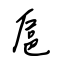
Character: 扈